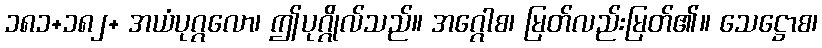
၁၈၁+၁၈၂+ အယံပုဂ္ဂလော၊ ဤပုဂ္ဂိုလ်သည်။ အဂ္ဂေါစ၊ မြတ်လည်းမြတ်၏။ သေဋ္ဌောစ၊